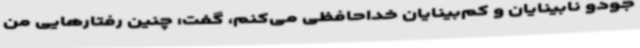
جودو نابینایان و کم‌بینایان خداحافظی می‌کنم، گفت: چنین رفتارهایی من